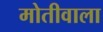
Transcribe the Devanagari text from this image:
मोतीवाला